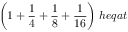
{ \bigg ( } 1 + { \frac { 1 } { 4 } } + { \frac { 1 } { 8 } } + { \frac { 1 } { 1 6 } } { \bigg ) } \; h e q a t